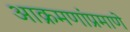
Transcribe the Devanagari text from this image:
आक्रमणांप्रमाणे